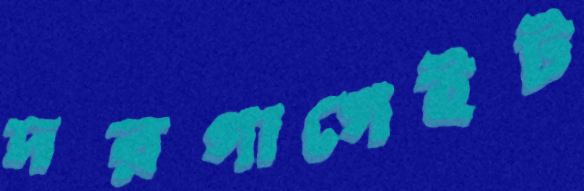
দরগাগেইট